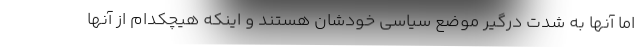
اما آنها به شدت درگیر موضع سیاسی خودشان هستند و اینکه هیچکدام از آنها